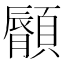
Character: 𩕁